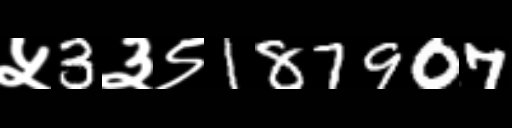
Text: ५3३९187907